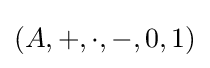
(A,+,\cdot ,-,0,1)